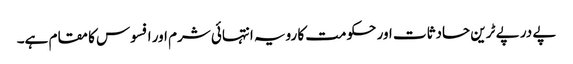
پے در پے ٹرین حادثات اور حکومت کا رویہ انتہائی شرم اور افسوس کا مقام ہے۔